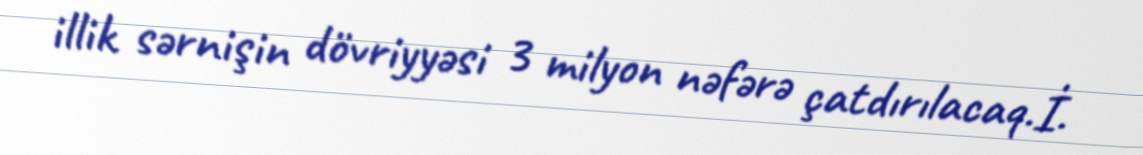
illik sərnişin dövriyyəsi 3 milyon nəfərə çatdırılacaq.İ.